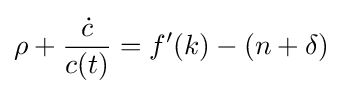
\rho +{\frac {\dot {c}}{c(t)}}=f'(k)-(n+\delta )